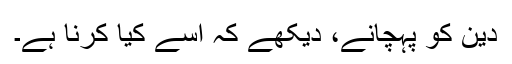
دین کو پہچانے، دیکھے کہ اسے کیا کرنا ہے۔